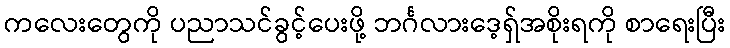
ကလေးတွေကို ပညာသင်ခွင့်ပေးဖို့ ဘင်္ဂလားဒေ့ရှ်အစိုးရကို စာရေးပြီး